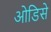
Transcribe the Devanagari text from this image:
ओडिसे